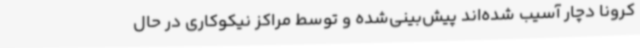
کرونا دچار آسیب شده‌اند پیش‌بینی‌شده و توسط مراکز نیکوکاری در حال